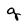
Character: g